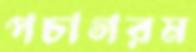
পচাগরম